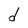
Character: d